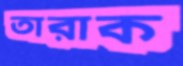
তারাক